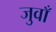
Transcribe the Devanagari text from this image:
जुवाँ